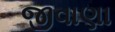
જીવાણા